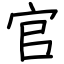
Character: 官